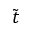
\tilde { t }